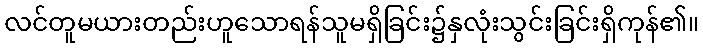
လင်တူမယားတည်းဟူသောရန်သူမရှိခြင်း၌နှလုံးသွင်းခြင်းရှိကုန်၏။